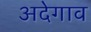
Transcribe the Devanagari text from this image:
अदेगाव